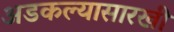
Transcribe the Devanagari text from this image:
अडकल्यासारखी